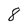
Character: 8